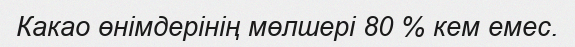
Какао өнімдерінің мөлшері 80 % кем емес.